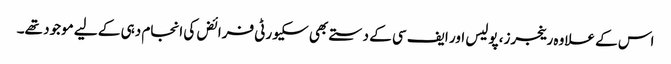
اس کے علاوہ رینجرز، پولیس اور ایف سی کے دستے بھی سکیورٹی فرائض کی انجام دہی کے لیے موجود تھے۔